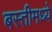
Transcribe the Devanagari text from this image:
बस्तीमध्ये